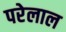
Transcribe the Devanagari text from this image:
परेलाल